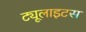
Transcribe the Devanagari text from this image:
ट्यूलाइटस